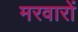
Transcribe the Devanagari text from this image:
मरवारों